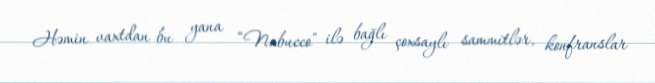
Həmin vaxtdan bu yana “Nabucco” ilə bağlı çoxsaylı sammitlər, konfranslar